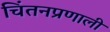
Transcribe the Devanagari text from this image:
चिंतनप्रणाली